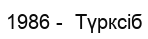
1986 -  Түрксіб